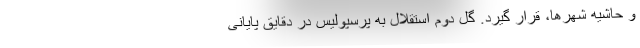
و حاشیه شهرها، قرار گیرد. گل دوم استقلال به پرسپولیس در دقایق پایانی